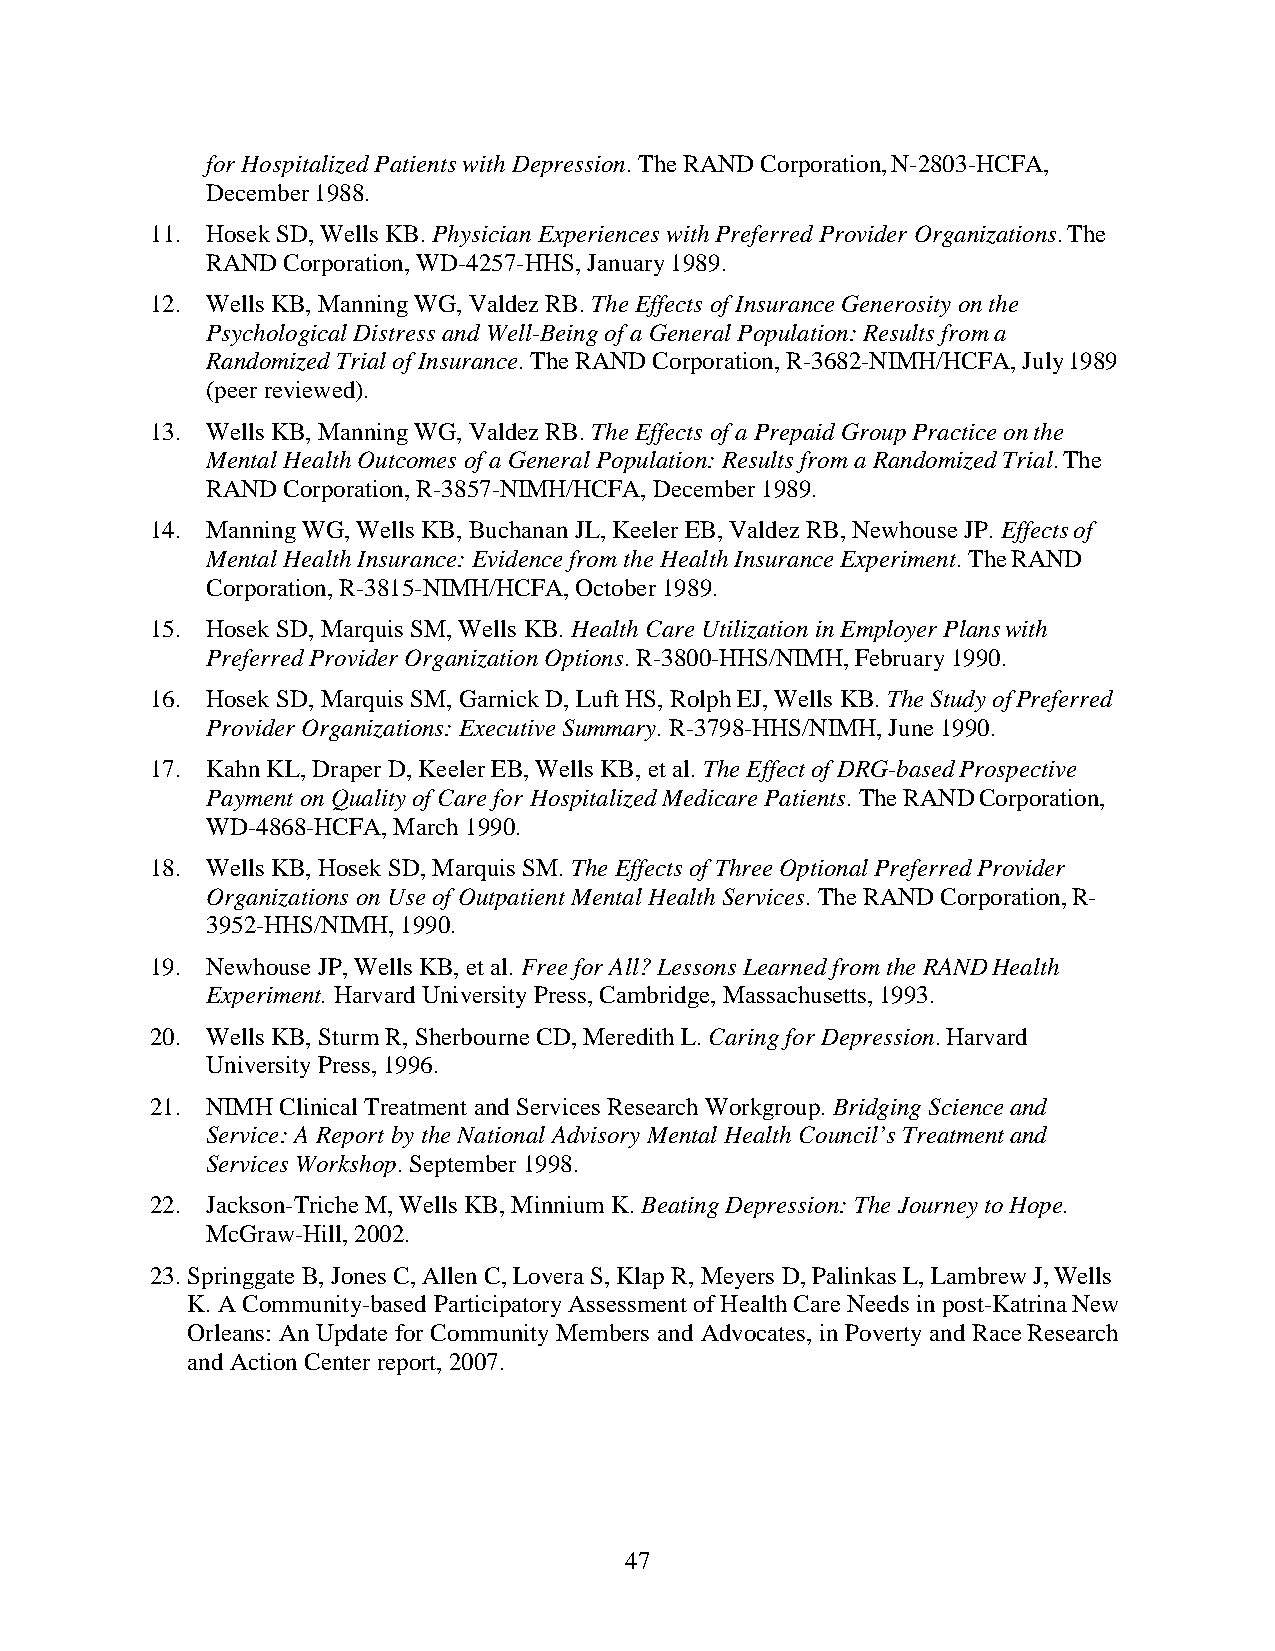
for Hospitalized Patients with Depression. The RAND Corporation, N-2803-HCFA,
 December 1988.
 11. Hosek SD, Wells KB. Physician Experiences with Preferred Provider Organizations. The
 RAND Corporation, WD-4257-HHS, January 1989.
 12. Wells KB, Manning WG, Valdez RB. The Effects of Insurance Generosity on the
 Psychological Distress and Well-Being of a General Population: Results from a
 Randomized Trial of Insurance. The RAND Corporation, R-3682-NIMH/HCFA, July 1989
 (peer reviewed).
 13. Wells KB, Manning WG, Valdez RB. The Effects of a Prepaid Group Practice on the
 Mental Health Outcomes of a General Population: Results from a Randomized Trial. The
 RAND Corporation, R-3857-NIMH/HCFA, December 1989.
 14. Manning WG, Wells KB, Buchanan JL, Keeler EB, Valdez RB, Newhouse JP. Effects of
 Mental Health Insurance: Evidence from the Health Insurance Experiment. The RAND
 Corporation, R-3815-NIMH/HCFA, October 1989.
 15. Hosek SD, Marquis SM, Wells KB. Health Care Utilization in Employer Plans with
 Preferred Provider Organization Options. R-3800-HHS/NIMH, February 1990.
 16. Hosek SD, Marquis SM, Garnick D, Luft HS, Rolph EJ, Wells KB. The Study of Preferred
 Provider Organizations: Executive Summary. R-3798-HHS/NIMH, June 1990.
 17. Kahn KL, Draper D, Keeler EB, Wells KB, et al. The Effect of DRG-based Prospective
 Payment on Quality of Care for Hospitalized Medicare Patients. The RAND Corporation,
 WD-4868-HCFA, March 1990.
 18. Wells KB, Hosek SD, Marquis SM. The Effects of Three Optional Preferred Provider
 Organizations on Use of Outpatient Mental Health Services. The RAND Corporation, R-
 3952-HHS/NIMH, 1990.
 19. Newhouse JP, Wells KB, et al. Free for All? Lessons Learned from the RAND Health
 Experiment. Harvard University Press, Cambridge, Massachusetts, 1993.
 20. Wells KB, Sturm R, Sherbourne CD, Meredith L. Caring for Depression. Harvard
 University Press, 1996.
 21. NIMH Clinical Treatment and Services Research Workgroup. Bridging Science and
 Service: A Report by the National Advisory Mental Health Council’s Treatment and
 Services Workshop. September 1998.
 22. Jackson-Triche M, Wells KB, Minnium K. Beating Depression: The Journey to Hope.
 McGraw-Hill, 2002.
 23. Springgate B, Jones C, Allen C, Lovera S, Klap R, Meyers D, Palinkas L, Lambrew J, Wells
 K. A Community-based Participatory Assessment of Health Care Needs in post-Katrina New
 Orleans: An Update for Community Members and Advocates, in Poverty and Race Research
 and Action Center report, 2007.
 47